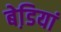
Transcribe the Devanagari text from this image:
बेडि़यां